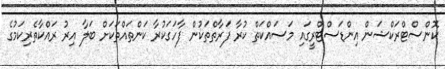
ކޮންސްޓްރަކްޝަން އިންޑަސްޓްރީގައި މަސައްކަތް ކުރާ ފަރާތްތަކުން ފާހަގަކުރާ ކަންތައްތަކަށް ބަލާ އިރު ރައްކާތެރިކަމުގެ